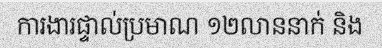
ការងារផ្ទាល់ប្រមាណ ១២លាននាក់ និង